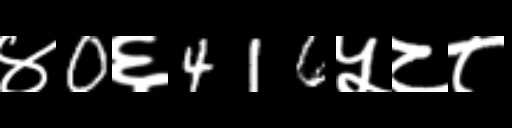
Text: ४0६416५८८